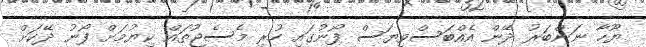
ޔޫހާ ނަންބަރު ދޭން އެއްބަސްވިޔަސް ފޯނުގައި ހުރި މެސެޖުތައް ކިޔުމަށް ފޯނު ދޭކަށް